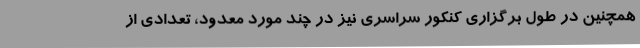
همچنین در طول برگزاری کنکور سراسری نیز در چند مورد معدود، تعدادی از